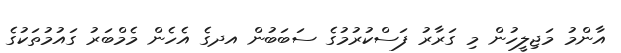
އާންމު މަޖިލީހުން މި ގަރާރު ފަސްކުރުމުގެ ސަބަބުން އދގެ އެހެން މެމްބަރު ގައުމުތަކުގެ